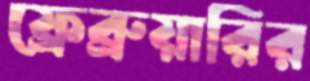
ফ্রেব্রুয়ারির